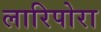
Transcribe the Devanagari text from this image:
लारिपोरा